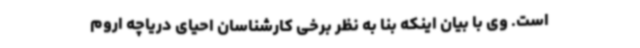
است. وی با بیان اینکه بنا به نظر برخی کارشناسان احیای دریاچه اروم